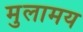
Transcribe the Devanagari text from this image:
मुलामय